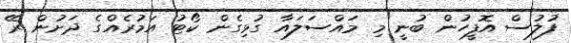
ފުލުސް އޮފީހުން ބުނީ މި މައްސަލައާ ގުޅިގެން ކޯޓު އަމުރެއްގެ ދަށުން ރޭ